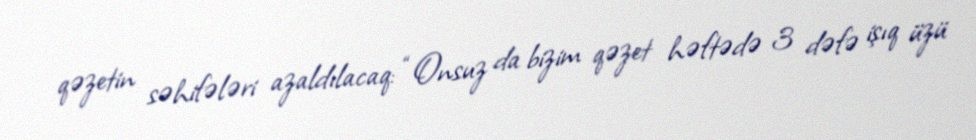
qəzetin səhifələri azaldılacaq: “Onsuz da bizim qəzet həftədə 3 dəfə işıq üzü